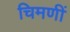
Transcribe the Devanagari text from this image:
चिमणीं